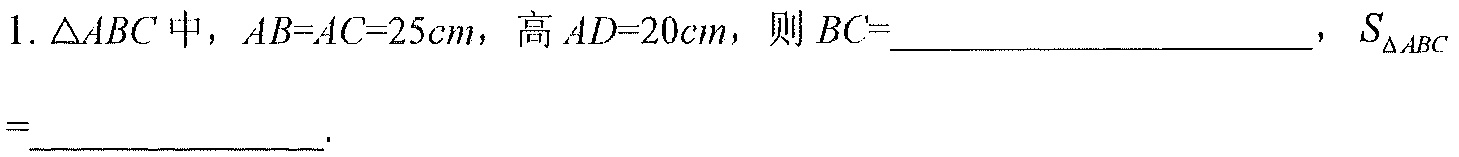
1. \(\triangle ABC\) 中，\(AB = AC = 25cm\)，高 \(AD = 20cm\)，则 \(BC=\underline{\qquad\qquad}\)，\(S_{\triangle ABC}=\underline{\qquad\qquad}\).